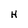
Character: H